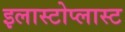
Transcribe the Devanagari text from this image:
इलास्टोप्लास्ट